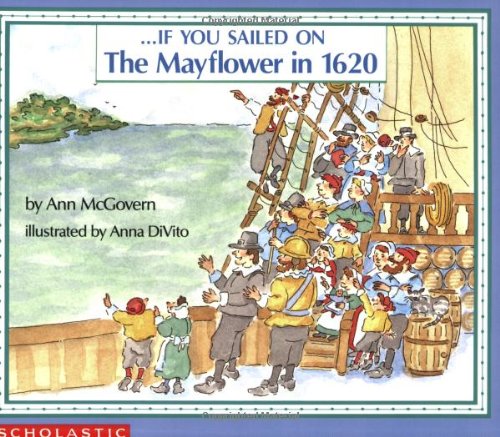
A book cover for . . . If You Sailed on the Mayflower in 1620; Ann McGovern; History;